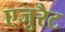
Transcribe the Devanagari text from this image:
एजुरैट